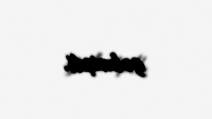
gəlmişdi.